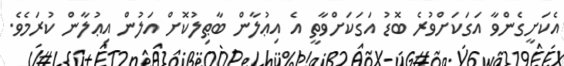
އެކަށީގެންވާ އަގަކަށްވުރެ ބޮޑު އަގަކަށްވާތީ އެ އިޢުލާން ބާޠިލުކޮށް އަލުން އިޢުލާން ކުރަމެވެ.